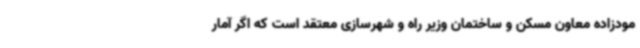
مودزاده معاون مسکن و ساختمان وزیر راه و شهرسازی معتقد است که اگر آمار